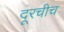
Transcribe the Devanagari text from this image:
दूरचीच